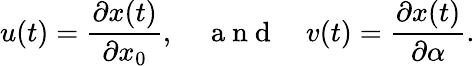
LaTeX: u(t)=\frac{\partial x(t)}{\partial x_{0}},\quad\mathrm{~a~n~d~}\quad v(t)=\frac{\partial x(t)}{\partial\alpha}.